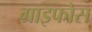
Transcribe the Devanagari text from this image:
ग्राइफोस